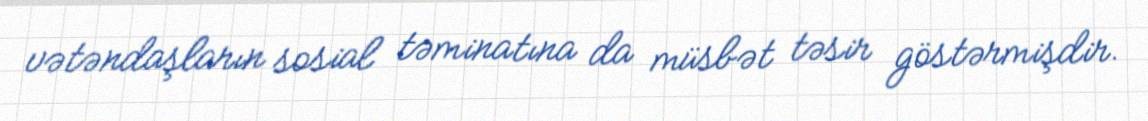
vətəndaşların sosial təminatına da müsbət təsir göstərmişdir.